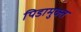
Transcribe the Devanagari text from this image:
पिडामुक्त